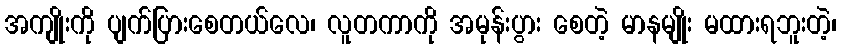
အကျိုးကို ပျက်ပြားစေတယ်လေ၊ လူတကာကို အမုန်းပွား စေတဲ့ မာနမျိုး မထားရဘူးတဲ့၊